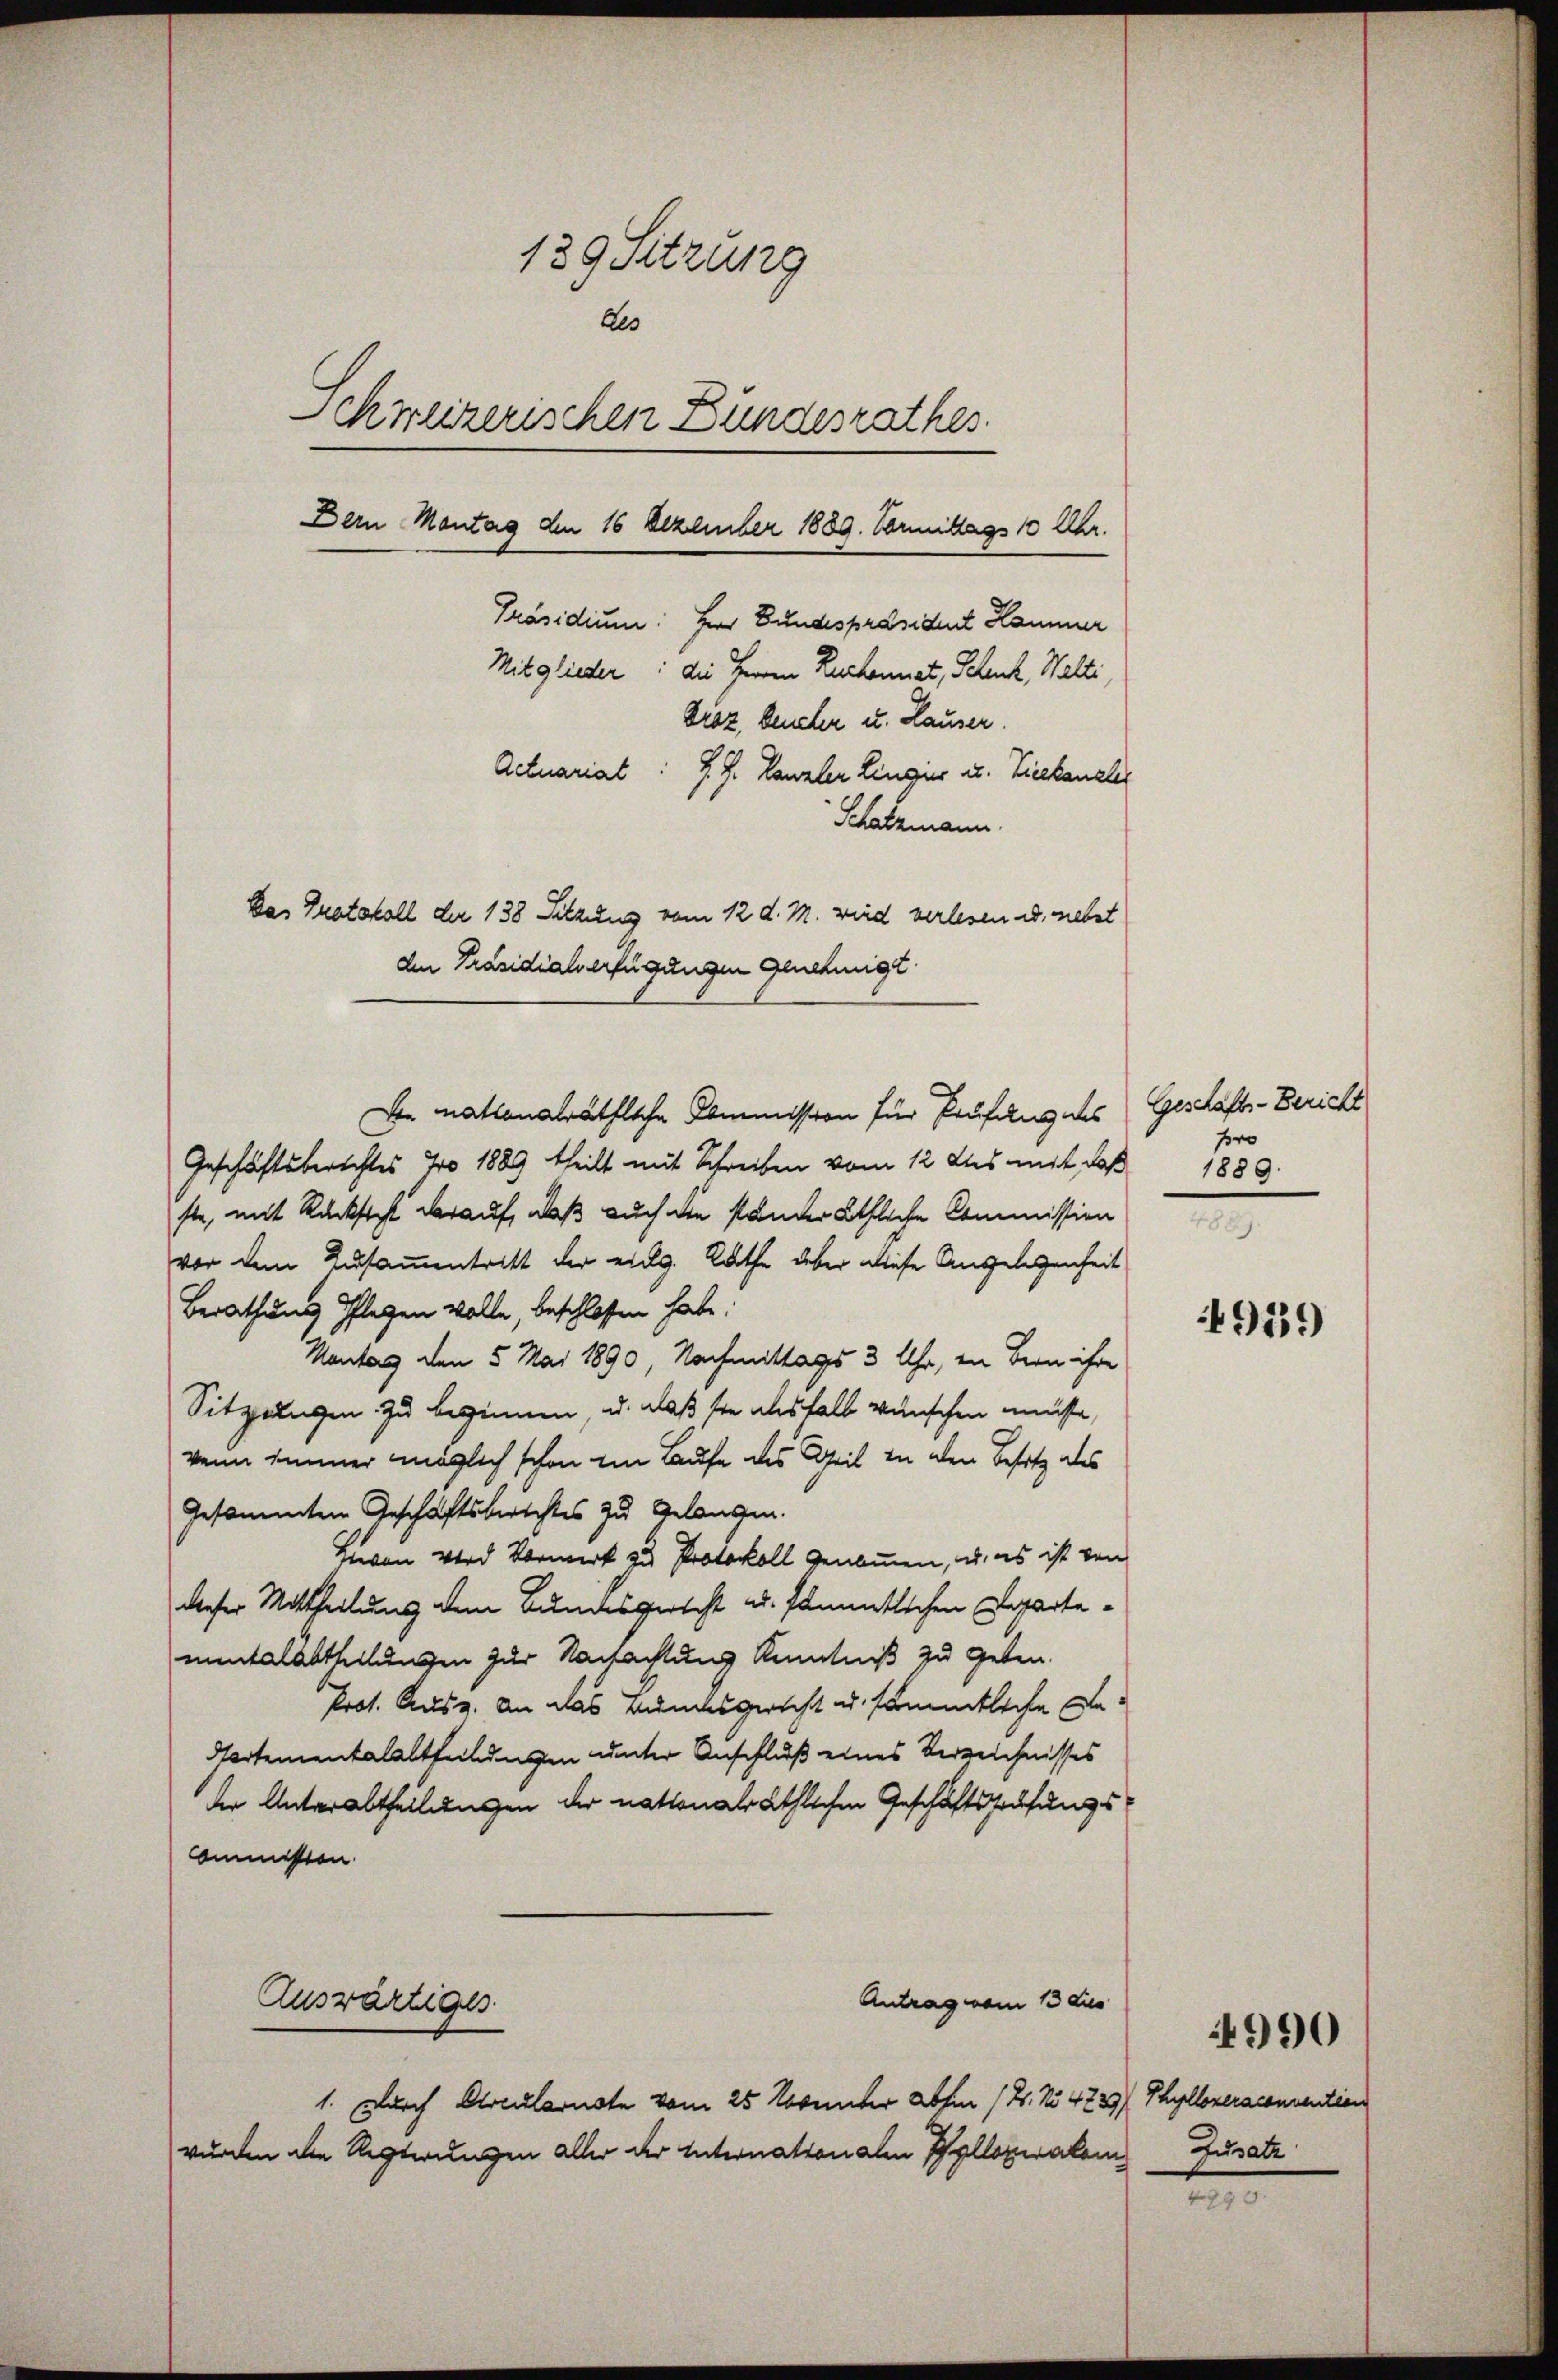
139 Sitzung
Aes
Schweizerischen Bundesrathes
Dein Montag den 16 Dezember 1889. Vormittags 10 Uhr.
Präsidium. Herr Bundespräsident Hammer
Mitglieder: die Herren Ruchennat, Schenk, Walti
Dioz, beneher u. Hauser.
Actuariat J. J. Kanzler Lingies u. Tieekanzler
Schatzmann.
Das Protokoll der 138 Sitzung vom 12 d. M. wird verlesen u. nebst
den Präsidialverfügungen genehmigt

De nationalräthliche Commission für Prüfung des Geschäfts-Bericht
Geschäftsberichtes No 1889 theilt mit Schreiben vom 12. ds mit, daß
ste, mit Rücksicht darauf, daß auch die ständeräthliche Commission
vor dem Zusammentritt der eidg. Rathe über diese Angelegenheit
Berathung Pflegen wolle, beschlossen habe.
Montag den 5 Mai 1890, Nachmittags 3 Uhr, in Bern ihre
Sitzungen zu beginnen, u. daß sie aushalb wünschen müßte,
wenn immer möglich schon im Laufe des Geil in den Besitz des
Gesammten Geschäftsberichtes zu Gelangen.
Hievon wird Vormerk zu Protokoll genommen, u. es ist von
dieser Mittheilung dem Bundesgericht u. sämmtlichen Departemntalabtheilungen zur Nachachtung Kenntniß zu geben.
Prot. Ausz. An das Bundesgericht u. sämmtliche Be¬
Partementalabtheilungen unter Anschluß eines Verzeichnisses
der Unterabtheilungen der nationalräthlichen Geschäftstrafungs¬
Anmmisston.
Antrag vom 13 dies
Auswärtiges
1. Durch Arcularuste vom 25 Krunter abhin (21. No 4223/ Thyllozeraconuention
wurden die Regierungen aller der Internationalen Polloperalem

fr
1889.

939

Jusatz

990